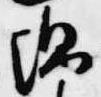
綿